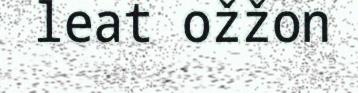
leat ožžon